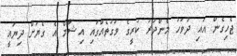
ޖެހިގެން އައި ދުވަހު މެންދުރު ކުރީގެ ވަގުތެއްގައި އިޝާމް އެ ގެޔަށް ދިޔައީ